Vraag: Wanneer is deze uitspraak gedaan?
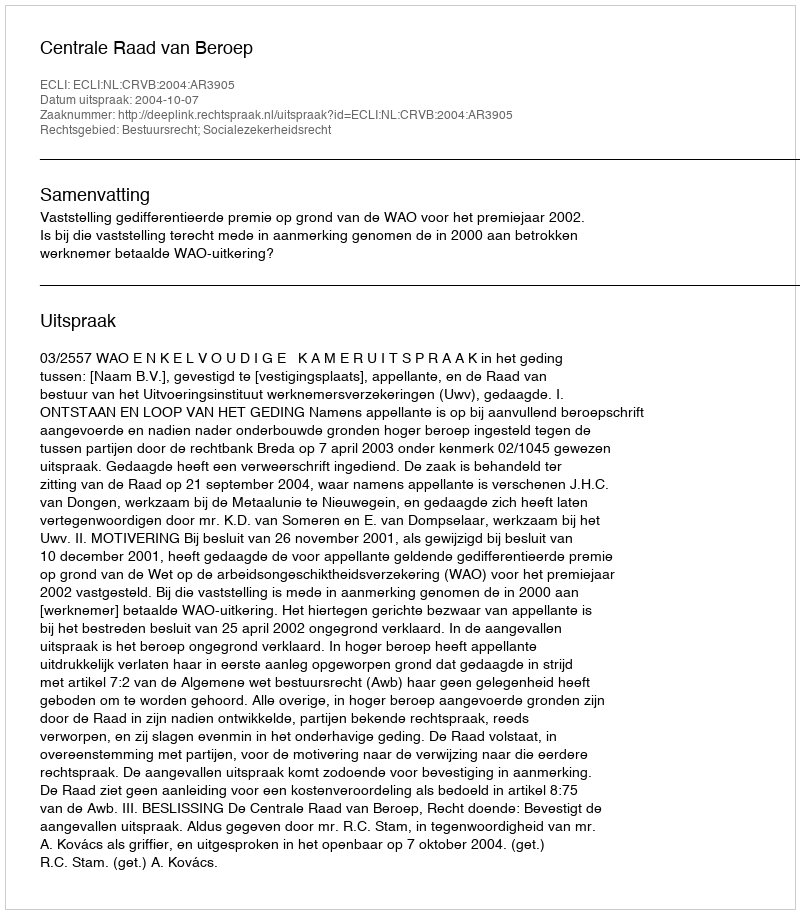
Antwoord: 2004-10-07